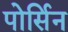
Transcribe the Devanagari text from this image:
पोर्सिन